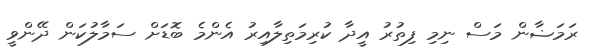
ރަމަޟާން މަސް ނިމި ފިތުރު އީދާ ކުރިމަތިލާއިރު އެންމެ ބޮޑަށް ސަމާލުކަން ދޭންވީ